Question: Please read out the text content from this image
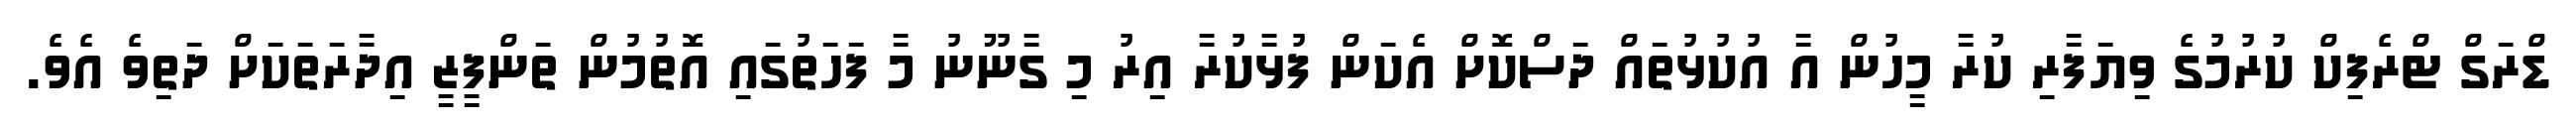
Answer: ޑްރަގް ޓްރެފިކް ކުރުމުގެ ވިޔަފާރި ކުރާ މީހުން އާ އުކުޅުތައް ދަސްކޮށް އެކަން ފުޅާކުރާ އިރު މި ގާނޫނު މާ ފަހަތުގައި އޮތުމުން ތަންފީޒީ އިދާރަތަކަށް ދަތިވެ އެވެ.